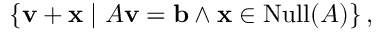
\left\{ \mathbf { v } + \mathbf { x } \mid A \mathbf { v } = \mathbf { b } \land \mathbf { x } \in \operatorname { N u l l } ( A ) \right\} ,